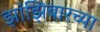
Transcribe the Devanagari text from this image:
झांझिबारच्या